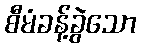
စီမံခန့်ခွဲသော